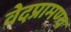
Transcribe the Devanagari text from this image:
वेदप्रामण्य